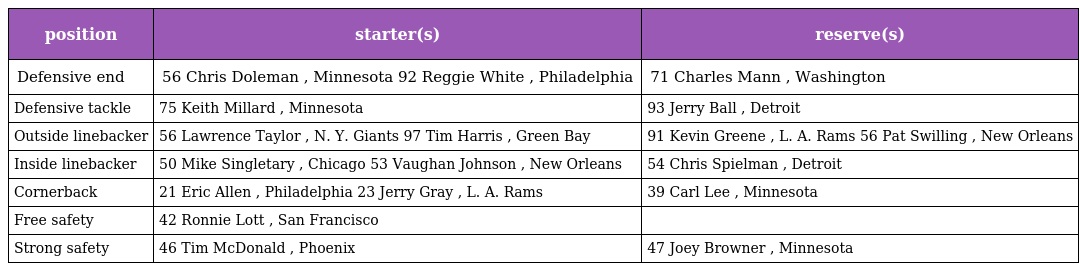
| position | starter(s) | reserve(s) |
 | --- | --- | --- |
 | Defensive end | 56 Chris Doleman , Minnesota 92 Reggie White , Philadelphia | 71 Charles Mann , Washington |
 | Defensive tackle | 75 Keith Millard , Minnesota | 93 Jerry Ball , Detroit |
 | Outside linebacker | 56 Lawrence Taylor , N. Y. Giants 97 Tim Harris , Green Bay | 91 Kevin Greene , L. A. Rams 56 Pat Swilling , New Orleans |
 | Inside linebacker | 50 Mike Singletary , Chicago 53 Vaughan Johnson , New Orleans | 54 Chris Spielman , Detroit |
 | Cornerback | 21 Eric Allen , Philadelphia 23 Jerry Gray , L. A. Rams | 39 Carl Lee , Minnesota |
 | Free safety | 42 Ronnie Lott , San Francisco |  |
 | Strong safety | 46 Tim McDonald , Phoenix | 47 Joey Browner , Minnesota |